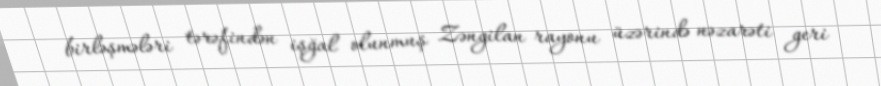
birləşmələri tərəfindən işğal olunmuş Zəngilan rayonu üzərində nəzarəti geri